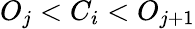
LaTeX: O_{j}<C_{i}<O_{j+1}